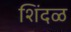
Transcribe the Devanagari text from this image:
शिंदळ